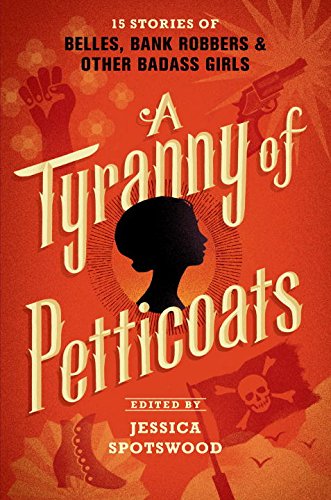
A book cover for A Tyranny of Petticoats: 15 Stories of Belles, Bank Robbers & Other Badass Girls; Jessica Spotswood; Teen & Young Adult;